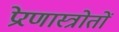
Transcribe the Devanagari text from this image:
प्रेरणास्त्रोतों